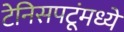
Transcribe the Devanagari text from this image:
टेनिसपटूंमध्ये